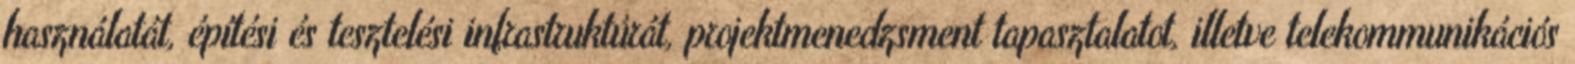
használatát, építési és tesztelési infrastruktúrát, projektmenedzsment tapasztalatot, illetve telekommunikációs